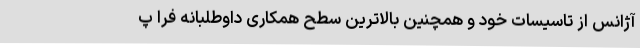
آژانس از تاسیسات خود و همچنین بالاترین سطح همکاری داوطلبانه فرا پ